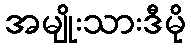
အမျိုးသားဒီမို